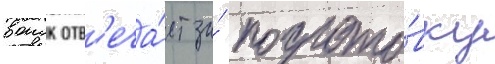
воиск отв'еча́ет за́ подгото́вку